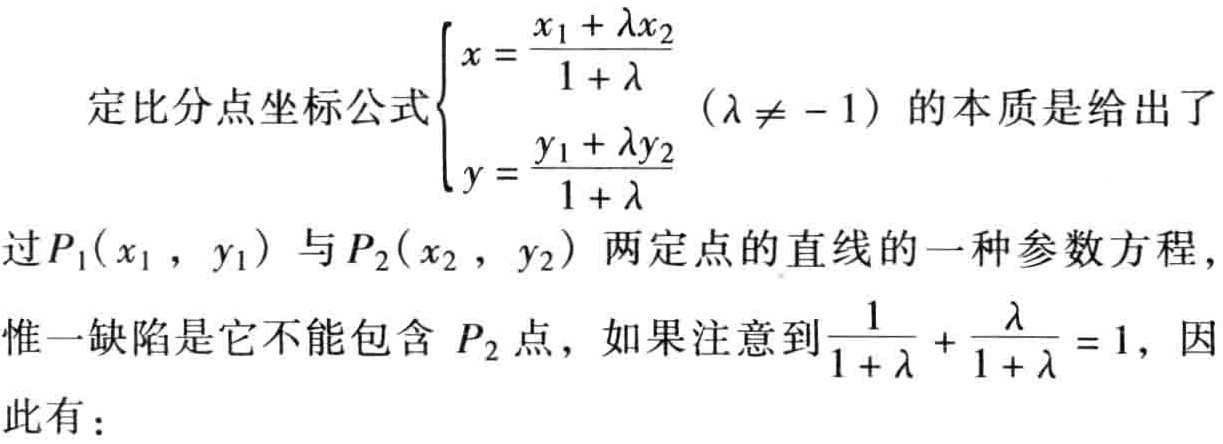
定比分点坐标公式$\begin{cases}x = \frac{x_1 + \lambda x_2}{1 + \lambda} \\ y = \frac{y_1 + \lambda y_2}{1 + \lambda} \end{cases}(\lambda\neq -1)$的本质是给出了过$P_1(x_1,y_1)$与$P_2(x_2,y_2)$两定点的直线的一种参数方程，惟一缺陷是它不能包含$P_2$点，如果注意到$\frac{1}{1 + \lambda}+\frac{\lambda}{1 + \lambda}=1$，因此有：